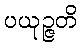
ပယုဉ္ဇတိ